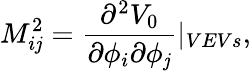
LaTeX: M_{i\mathit{j}}^{2}=\frac{{\partial^{2}V_{0}}}{{\partial\phi_{i}\partial\phi_{\mathit{j}}}}|_{VEVs},